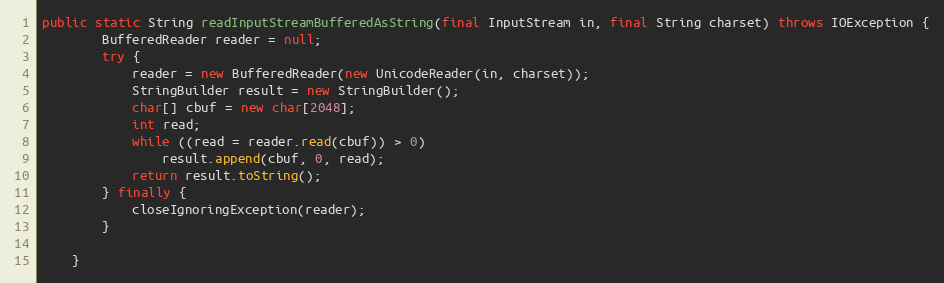
Language: Java
public static String readInputStreamBufferedAsString(final InputStream in, final String charset) throws IOException {
		BufferedReader reader = null;
		try {
			reader = new BufferedReader(new UnicodeReader(in, charset));
			StringBuilder result = new StringBuilder();
			char[] cbuf = new char[2048];
			int read;
			while ((read = reader.read(cbuf)) > 0)
				result.append(cbuf, 0, read);
			return result.toString();
		} finally {
			closeIgnoringException(reader);
		}

	}